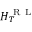
H _ { T } ^ { \mathrm { ~ R ~ L ~ } }